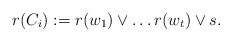
\begin{align*}r(C_i) := r(w_1) \lor \dots r(w_t) \lor s. \end{align*}